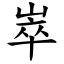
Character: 崒